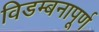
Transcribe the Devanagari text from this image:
विडम्बनापूर्ण